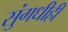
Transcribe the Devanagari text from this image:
सुंगधीही